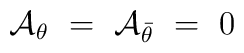
{\cal A}_{\theta} \ = \ {\cal A}_{\bar\theta} \ = \ 0